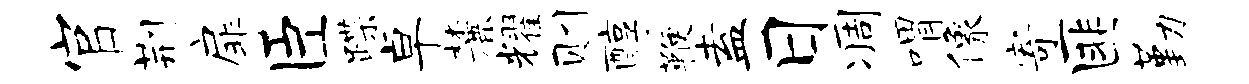
官荆扉臣蹀卓麓耀则醇鞭盍日凋喟像寄匪勤